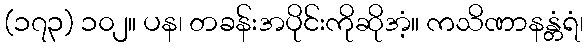
(၁၇၃) ၁၀၂။ ပန၊ တခန်းအပိုင်းကိုဆိုအံ့။ ကသိဏာနန္တံရံ၊